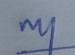
Signature authenticity: genuine